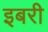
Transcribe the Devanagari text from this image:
इबरी